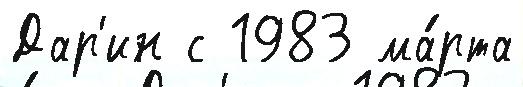
Дар'ин с 1983 ма́рта